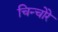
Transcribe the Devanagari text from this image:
चिन्चोरे